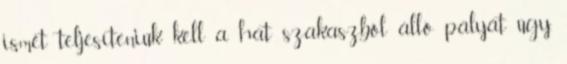
ismét teljesíteniük kell a hat szakaszból álló pályát úgy,